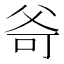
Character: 𤕒